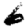
Digit: 6